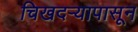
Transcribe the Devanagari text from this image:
चिखदऱ्यापासून